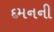
દમનની